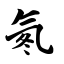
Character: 氡